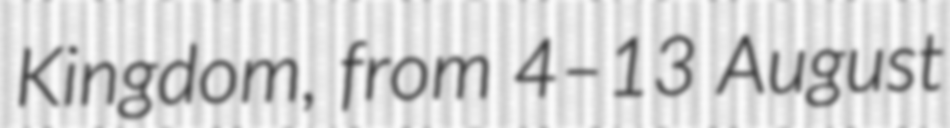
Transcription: Kingdom, from 4–13 August